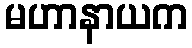
မဟာနာယက